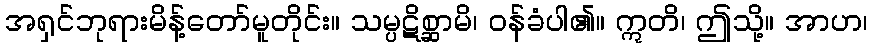
အရှင်ဘုရားမိန့်တော်မူတိုင်း။ သမ္ပဋိစ္ဆာမိ၊ ဝန်ခံပါ၏။ ဣတိ၊ ဤသို့။ အာဟ၊